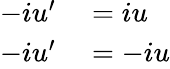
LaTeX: \begin{array}{rl}{-iu^{\prime}}&{{}=iu}\\ {-iu^{\prime}}&{{}=-iu}\end{array}